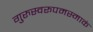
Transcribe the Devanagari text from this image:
गुरुस्वरूपमस्माकं